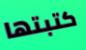
كتبتها